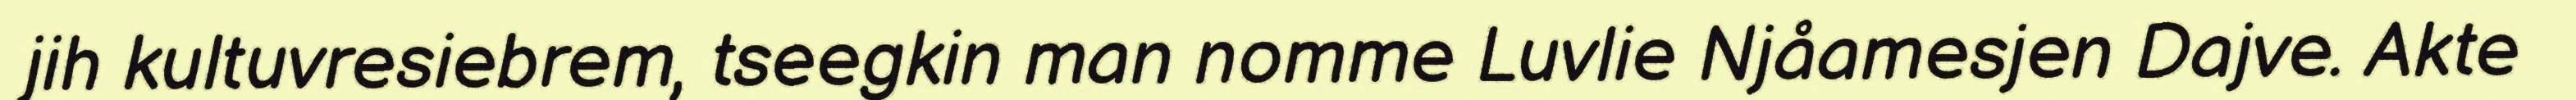
jih kultuvresiebrem, tseegkin man nomme Luvlie Njåamesjen Dajve. Akte